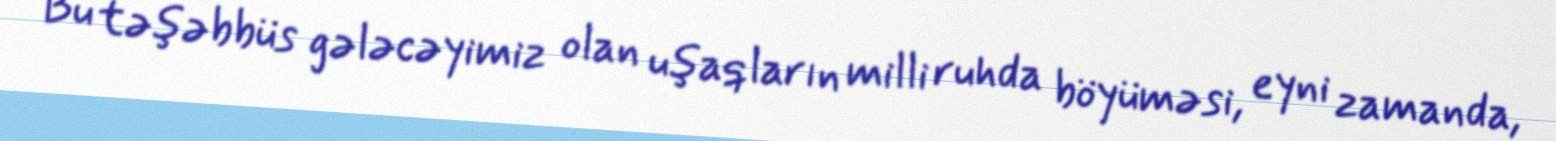
Bu təşəbbüs gələcəyimiz olan uşaqların milli ruhda böyüməsi, eyni zamanda,